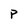
Character: P